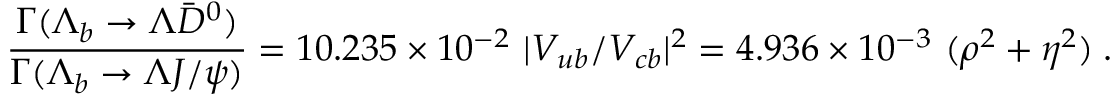
\frac { \Gamma ( \Lambda _ { b } \to \Lambda \bar { D } ^ { 0 } ) } { \Gamma ( \Lambda _ { b } \to \Lambda J / \psi ) } = 1 0 . 2 3 5 \times 1 0 ^ { - 2 } ~ | V _ { u b } / V _ { c b } | ^ { 2 } = 4 . 9 3 6 \times 1 0 ^ { - 3 } ~ ( \rho ^ { 2 } + \eta ^ { 2 } ) \; .